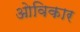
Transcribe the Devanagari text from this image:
ओविकार